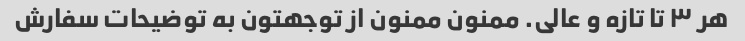
هر ۳ تا تازه و عالی. ممنون ممنون از توجهتون به توضیحات سفارش